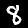
Label: 8